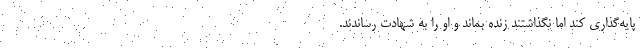
پایه‌گذاری کند اما نگذاشتند زنده بماند و او را به شهادت رساندند.